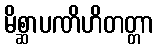
မိစ္ဆာပဏိဟိတတ္တာ